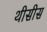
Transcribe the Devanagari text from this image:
थीसीस